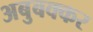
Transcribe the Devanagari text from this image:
अबुबक्कर